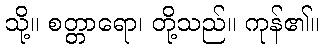
သို့။ စတ္တာရော၊ တို့သည်။ ကုန်၏။